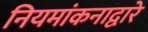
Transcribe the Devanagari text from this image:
नियमांकनाद्वारे